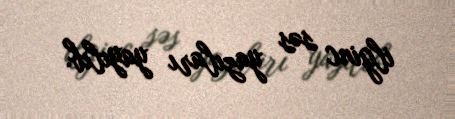
ilginc səs yazıları yayılıb.